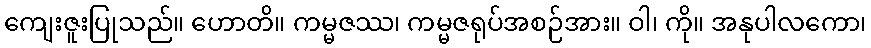
ကျေးဇူးပြုသည်။ ဟောတိ။ ကမ္မဇဿ၊ ကမ္မဇရုပ်အစဉ်အား။ ဝါ၊ ကို။ အနုပါလကော၊